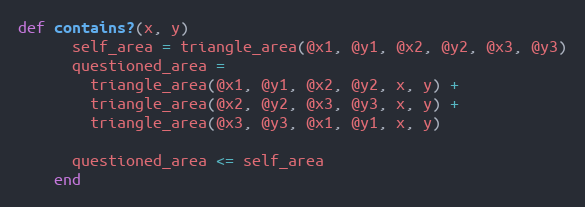
Language: Ruby
def contains?(x, y)
      self_area = triangle_area(@x1, @y1, @x2, @y2, @x3, @y3)
      questioned_area =
        triangle_area(@x1, @y1, @x2, @y2, x, y) +
        triangle_area(@x2, @y2, @x3, @y3, x, y) +
        triangle_area(@x3, @y3, @x1, @y1, x, y)

      questioned_area <= self_area
    end